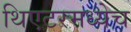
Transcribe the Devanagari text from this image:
थिएटरमध्येच